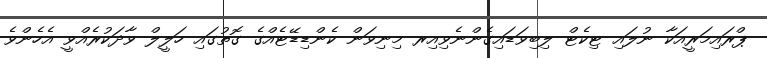
ޕްރައިމަރީއަކާ ނުލައި ޓިކެޓް ލިބިވަޑައިގެންނެވިއިރ މިނިވަން ކެންޑިޑޭޓެއްގެ ގޮތުގައި ހަލީލް ވާދަކުރެއްވީ އެހެންވެ